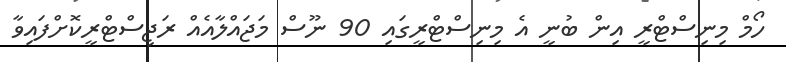
ހޯމް މިނިސްޓްރީ އިން ބުނީ އެ މިނިސްޓްރީގައި 90 ނޫސް މަޖައްލާއެއް ރަޖިސްޓްރީކޮށްފައިވާ